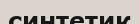
синтетик